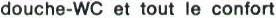
douche-WC et tout le confort